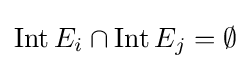
\operatorname {Int} E_{i}\cap \operatorname {Int} E_{j}=\emptyset